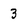
Character: 3